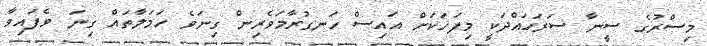
މިސްރުގެ ސީނާ ސަރަހައްދަކީ މިފަހަކަށް އައިސް ހަނގުރާމަވެރިން ގިނަވެ ހަމަލާތައް ގިނަ ވެފައިވާ